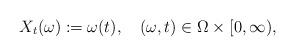
LaTeX: \begin{align*}X_{t}(\omega):=\omega(t), \quad(\omega,t)\in\Omega\times{[0,\infty),}\end{align*}